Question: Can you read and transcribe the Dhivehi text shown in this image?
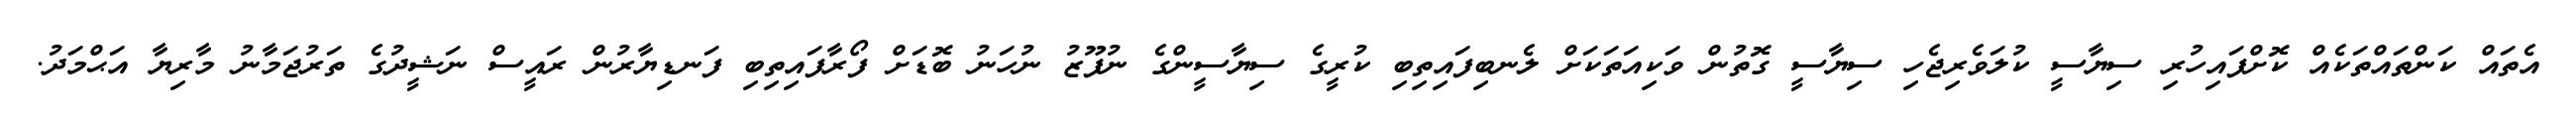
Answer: އެތައް ކަންތައްތަކެއް ކޮށްފައިހުރި ސިޔާސީ ކުލަވެރިޖެހި ސިޔާސީ ގޮތުން ވަކިއަތަކަށް ލެނބިފައިތިބި ކުރީގެ ސިޔާސީންގެ ނުފޫޒު ނުހަނު ބޮޑަށް ފޯރާފައިތިބި ފަނޑިޔާރުން ރައީސް ނަޝީދުގެ ތަރުޖަމާނު މާރިޔާ އަޙްމަދު.